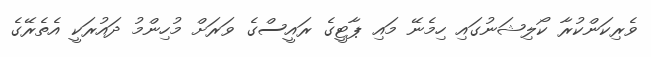
ވެރިކަންކުރާ ކޯލިޝަނުގައި ހިމެނޭ މައި ޕާޓީގެ ރައީސްގެ ވަރަށް މުހިންމު ދައުރަކީ އެތެރޭގެ